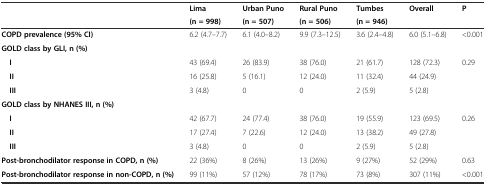
<table><thead><tr><td></td><td><b>Lima</b></td><td><b>Urban Puno</b></td><td><b>Rural Puno</b></td><td><b>Tumbes</b></td><td><b>Overall</b></td><td><b>P</b></td></tr><tr><td></td><td><b>(n = 998)</b></td><td><b>(n = 507)</b></td><td><b>(n = 506)</b></td><td><b>(n = 946)</b></td><td></td><td></td></tr></thead><tbody><tr><td><b>COPD prevalence (95% CI)</b></td><td>6.2 (4.7–7.7)</td><td>6.1 (4.0–8.2)</td><td>9.9 (7.3–12.5)</td><td>3.6 (2.4–4.8)</td><td>6.0 (5.1–6.8)</td><td>&lt;0.001</td></tr><tr><td><b>GOLD class by GLI, n (%)</b></td><td></td><td></td><td></td><td></td><td></td><td></td></tr><tr><td> <b>I</b></td><td>43 (69.4)</td><td>26 (83.9)</td><td>38 (76.0)</td><td>21 (61.7)</td><td>128 (72.3)</td><td>0.29</td></tr><tr><td> <b>II</b></td><td>16 (25.8)</td><td>5 (16.1)</td><td>12 (24.0)</td><td>11 (32.4)</td><td>44 (24.9)</td><td></td></tr><tr><td> <b>III</b></td><td>3 (4.8)</td><td>0</td><td>0</td><td>2 (5.9)</td><td>5 (2.8)</td><td></td></tr><tr><td><b>GOLD class by NHANES III, n (%)</b></td><td></td><td></td><td></td><td></td><td></td><td></td></tr><tr><td> <b>I</b></td><td>42 (67.7)</td><td>24 (77.4)</td><td>38 (76.0)</td><td>19 (55.9)</td><td>123 (69.5)</td><td>0.26</td></tr><tr><td> <b>II</b></td><td>17 (27.4)</td><td>7 (22.6)</td><td>12 (24.0)</td><td>13 (38.2)</td><td>49 (27.8)</td><td></td></tr><tr><td> <b>III</b></td><td>3 (4.8)</td><td>0</td><td>0</td><td>2 (5.9)</td><td>5 (2.8)</td><td></td></tr><tr><td><b>Post-bronchodilator response in COPD, n (%)</b></td><td>22 (36%)</td><td>8 (26%)</td><td>13 (26%)</td><td>9 (27%)</td><td>52 (29%)</td><td>0.63</td></tr><tr><td><b>Post-bronchodilator response in non-COPD, n (%)</b></td><td>99 (11%)</td><td>57 (12%)</td><td>78 (17%)</td><td>73 (8%)</td><td>307 (11%)</td><td>&lt;0.001</td></tr></tbody></table>